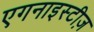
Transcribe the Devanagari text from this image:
एगनाइस्टीज़